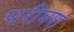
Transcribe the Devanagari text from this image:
परीवश